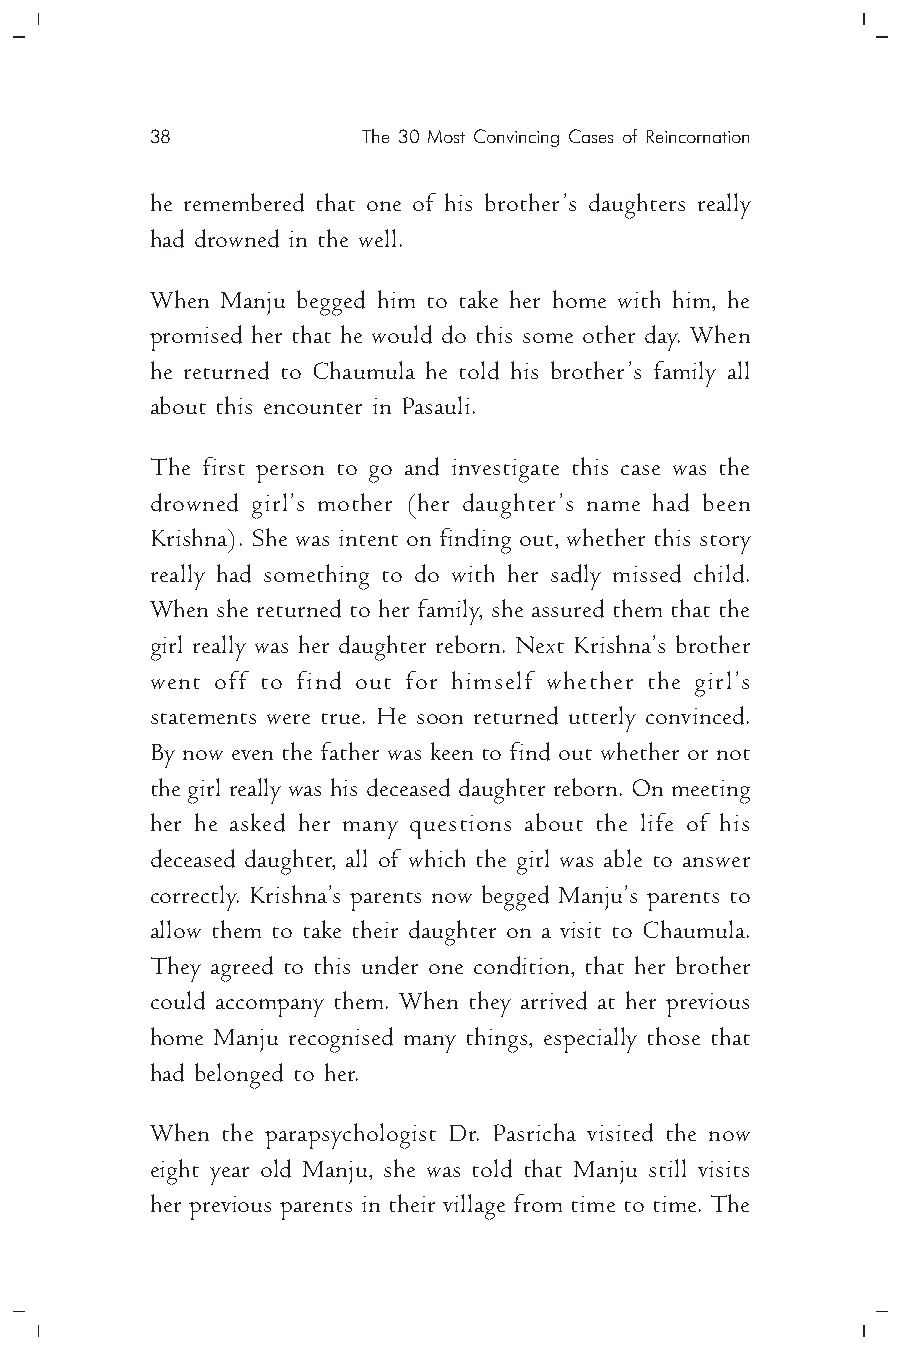
38            The 30 Most Convincing Cases of Reincornation
 he remembered that one of his brother’s daughters really
 had drowned in the well.
 When Manju begged him to take her home with him, he
 promised her that he would do this some other day. When
 he returned to Chaumula he told his brother’s family all
 about this encounter in Pasauli.
 The first person to go and investigate this case was the
 drowned girl’s mother (her daughter’s name had been
 Krishna). She was intent on finding out, whether this story
 really had something to do with her sadly missed child.
 When she returned to her family, she assured them that the
 girl really was her daughter reborn. Next Krishna’s brother
 went off to find out for himself whether the girl’s
 statements were true. He soon returned utterly convinced.
 By now even the father was keen to find out whether or not
 the girl really was his deceased daughter reborn. On meeting
 her he asked her many questions about the life of his
 deceased daughter, all of which the girl was able to answer
 correctly. Krishna’s parents now begged Manju’s parents to
 allow them to take their daughter on a visit to Chaumula.
 They agreed to this under one condition, that her brother
 could accompany them. When they arrived at her previous
 home Manju recognised many things, especially those that
 had belonged to her.
 When the parapsychologist Dr. Pasricha visited the now
 eight year old Manju, she was told that Manju still visits
 her previous parents in their village from time to time. The